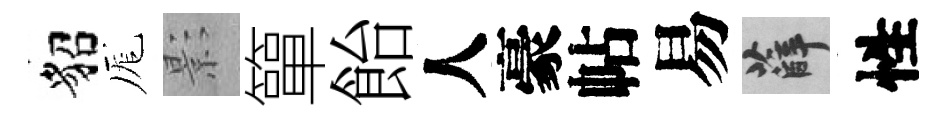
貂厖影簞飴人豪帖易薛性